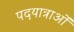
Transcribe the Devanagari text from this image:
पदयात्राओं